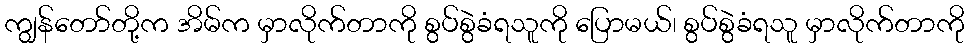
ကျွန်တော်တို့က အိမ်က မှာလိုက်တာကို စွပ်စွဲခံရသူကို ပြောမယ်၊ စွပ်စွဲခံရသူ မှာလိုက်တာကို